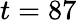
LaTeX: t=87